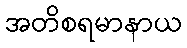
အတိစရမာနာယ